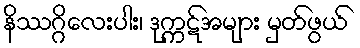
နိဿဂ္ဂိလေးပါး၊ ဒုက္ကဋ်အများ မှတ်ဖွယ်